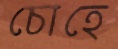
চোহে